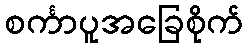
စင်္ကာပူအခြေစိုက်